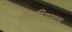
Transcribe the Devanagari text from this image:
ब्राटिसलावा